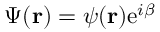
\Psi ( { \bf r } ) = \psi ( { \bf r } ) \mathrm { e } ^ { i \beta }